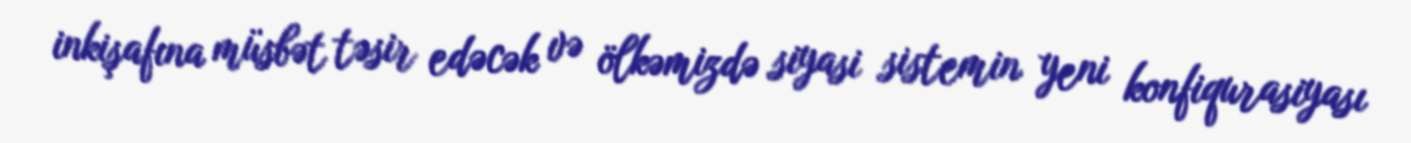
inkişafına müsbət təsir edəcək və ölkəmizdə siyasi sistemin yeni konfiqurasiyası